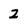
Character: 2